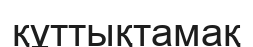
құттықтамақ